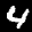
Label: 4